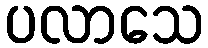
ပလာသေ